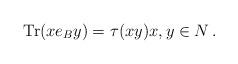
LaTeX: \begin{align*}{\rm Tr}(xe_B y)=\tau(xy)x,y\in N\, .\end{align*}